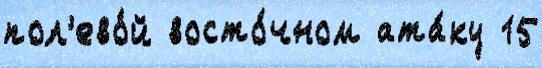
пол'ево́й восто́чном ата́ку 15